Annual report of the Punjab Veterinary College and of the Civil Veterinary Department, Punjab - 1894-1908
Year: 1894
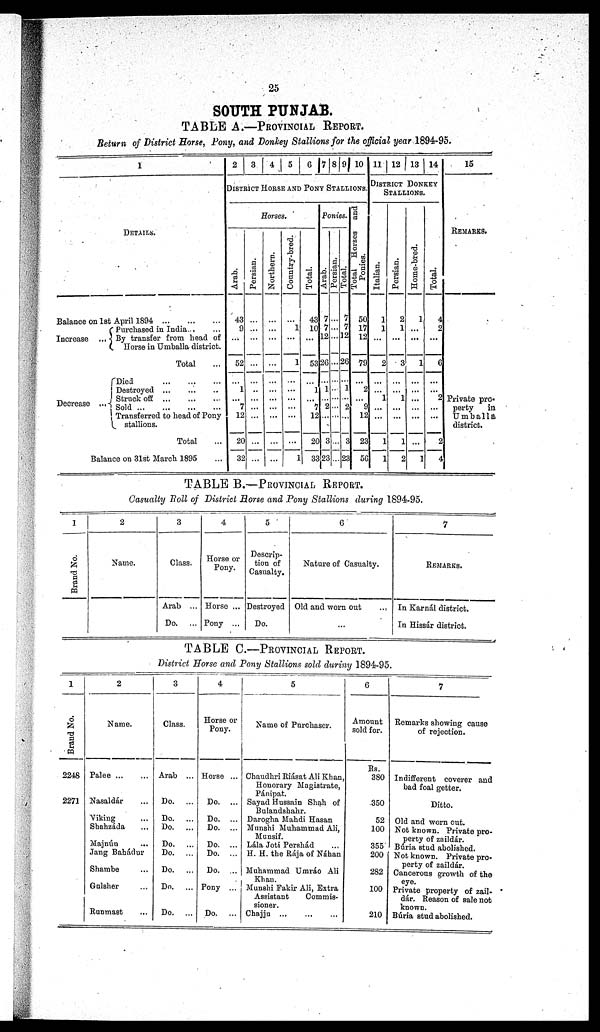
25
SOUTH PUNJAB.
TABLE A.—PROVINCIAL REPORT.
Return of District Horse, Pony, and Donkey Stallions for the official year 1894-95.
1
DETAILS.
Balance on 1st April 1894
...
...
...
Increase...
Purchased in India ... ...
By transfer from head of
Horse in Umballa district.
Total ...
Decrease
Died
...
...
...
Destroyed ...
...
...
Struck off
...
...
...
Sold
...
...
...
...
Transferred to head of Pony
stallions.
Total ...
Balance on 31st March 1895 ...
2
3
4
5
6 7 8 9 10
DISTRICT HORSE AND PONY STALLIONS.
Horses.
Arab.
43
9
...
52
...
1
... 7
12
20
32
Persian.
...
...
...
...
...
...
...
...
...
...
Northern.
...
...
...
...
...
...
...
...
...
...
...
Country-bred.
...
1
...
1
...
...
...
...
...
...
1
Total.
43
10
...
53
...
1
... 7
12
20
33
Ponies.
Arab.
7
7
12
26
...
1
... 2
...
3
23
Persian.
...
...
...
...
...
...
...
...
Total.
7
7
J2
26
...
1
...
2
...
3
23
Total Horses and
Ponies.
50
17
12
79
...
2
... 9
12
23
56
11 12 13 14
DISTRICT DONKEY
STALLIONS.
I t al i an.
1
1
...
2
...
...
1
...
...
1
1
Per s i
an.
2
1
...
3
...
...
1
...
...
1
2
Home-bred.
1
...
...
1
...
...
...
...
...
...
1
Total.
4
2
...
6
...
...
2
...
...
2
4
15
REMARKS.
Private pro-
perty
in
Umballa
district.
TABLE B.—PROVINCIAL REPORT.
Casualty Roll of District Horse and Pony Stallions during 1894 - 95.
1
Brand No.
2
Name.
3
Class.
Arab ...
Do. ...
4
Horse or
Pony.
Horse ...
Pony ...
5
Descrip-
tion of
Casualty.
Destroyed
Do.
6
Nature of Casualty.
Old and worn out ...
...
7
REMARKS.
In Karnál district.
In Hissár district.
TABLE C.—PROVINCIAL REPORT.
District Horse and Pony Stallions sold during 1894-95.
1
Brand No.
2248
2271
2
Name.
Palee ... ...
Nasaldár ...
Viking ...
Shahzáda ...
Majnún ...
Jang Bahádur
Shambe ...
Golsher ...
Ranmast ...
3
Class.
Arab ...
Do. ...
Do. ...
Do. ...
Do. ...
Do. ...
Do. ...
Do. ...
Do. ...
4
Horse or
Pony.
Horse ...
Do. ...
Do. ...
Do. ...
Do. ...
Do. ...
Do. ...
Pony ...
Do. ...
5
Name of Purchaser.
Chandhri Riásat Ali Khan,
Honorary Magistrate,
Pánipat.
Sayad Hussain Shah of
Bulandshahr.
Darogha Mahdi Hasan
Munshi Muhammad Ali,
Munsif.
Lála Joti Pershád ...
H. H. the Rája of Náhan
Muhammad Umráo Ali
Khan.
Munshi Fakir Ali, Extra
Assistant
Commis-
sioner.
Chajju ... ... ...
6
Amount
sold for.
Rs.
380
350
52
100
355
200
282
100
210
7
Remarks showing cause
of rejection.
Indifferent coverer and
bad foal getter.
Ditto.
Old and worn out.
Not known. Private pro-
perty of zaildár.
Búria stud abolished.
Not known. Private pro-
perty of zaildár.
Cancerous growth of the
eye.
Private property of zail-
dár. Reason of sale not
known.
Búria stud abolished.